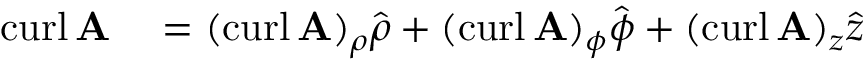
\begin{array} { r l } { \operatorname { c u r l } \mathbf { A } } & { { } = ( \operatorname { c u r l } \mathbf { A } ) _ { \rho } { \hat { \boldsymbol { \rho } } } + ( \operatorname { c u r l } \mathbf { A } ) _ { \phi } { \hat { \boldsymbol { \phi } } } + ( \operatorname { c u r l } \mathbf { A } ) _ { z } { \hat { \boldsymbol { z } } } } \end{array}